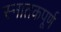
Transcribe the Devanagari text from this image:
स्नातकपूर्ण